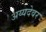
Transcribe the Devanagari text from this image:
अय्यदेवर